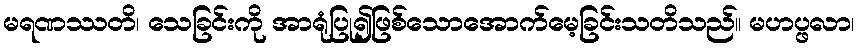
မရဏဿတိ၊ သေခြင်းကို အာရုံပြု၍ဖြစ်သောအောက်မေ့ခြင်းသတိသည်။ မဟပ္ဖလာ၊